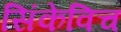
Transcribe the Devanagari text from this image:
सिंकेविच